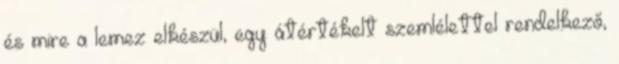
és mire a lemez elkészül, egy átértékelt szemlélettel rendelkező,